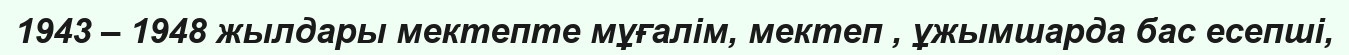
1943 – 1948 жылдары мектепте мұғалім, мектеп , ұжымшарда бас есепші,